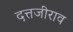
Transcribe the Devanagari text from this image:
दत्तजीराव